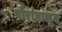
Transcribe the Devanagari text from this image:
पोरांपासून